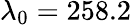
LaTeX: \lambda_{0}=258{.}2